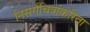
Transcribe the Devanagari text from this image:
निसर्गचित्रांकरिता